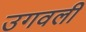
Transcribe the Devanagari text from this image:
उगवली